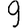
Digit: 9